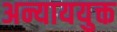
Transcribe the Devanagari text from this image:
अन्याययुक्त